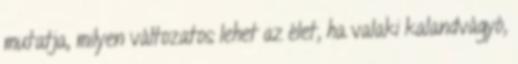
mutatja, milyen változatos lehet az élet, ha valaki kalandvágyó,